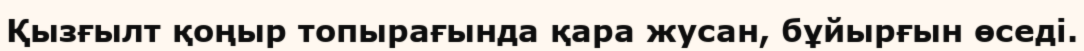
Қызғылт қоңыр топырағында қара жусан, бұйырғын өседі.